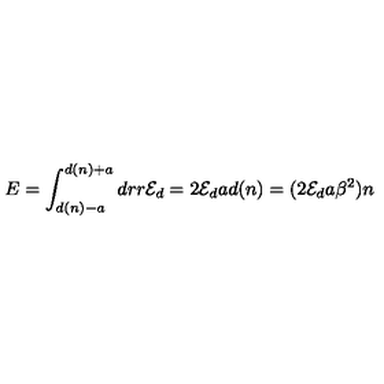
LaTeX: E = \int _ { d ( n ) - a } ^ { d ( n ) + a } d r r { \cal E } _ { d } = 2 { \cal E } _ { d } a d ( n ) = ( 2 { \cal E } _ { d } a \beta ^ { 2 } ) n